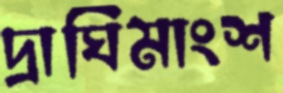
দ্রাঘিমাংশ